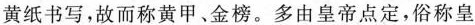
黄纸书写，故而称黄甲、金榜。多由皇帝点定，俗称皇